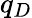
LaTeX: q_{D}